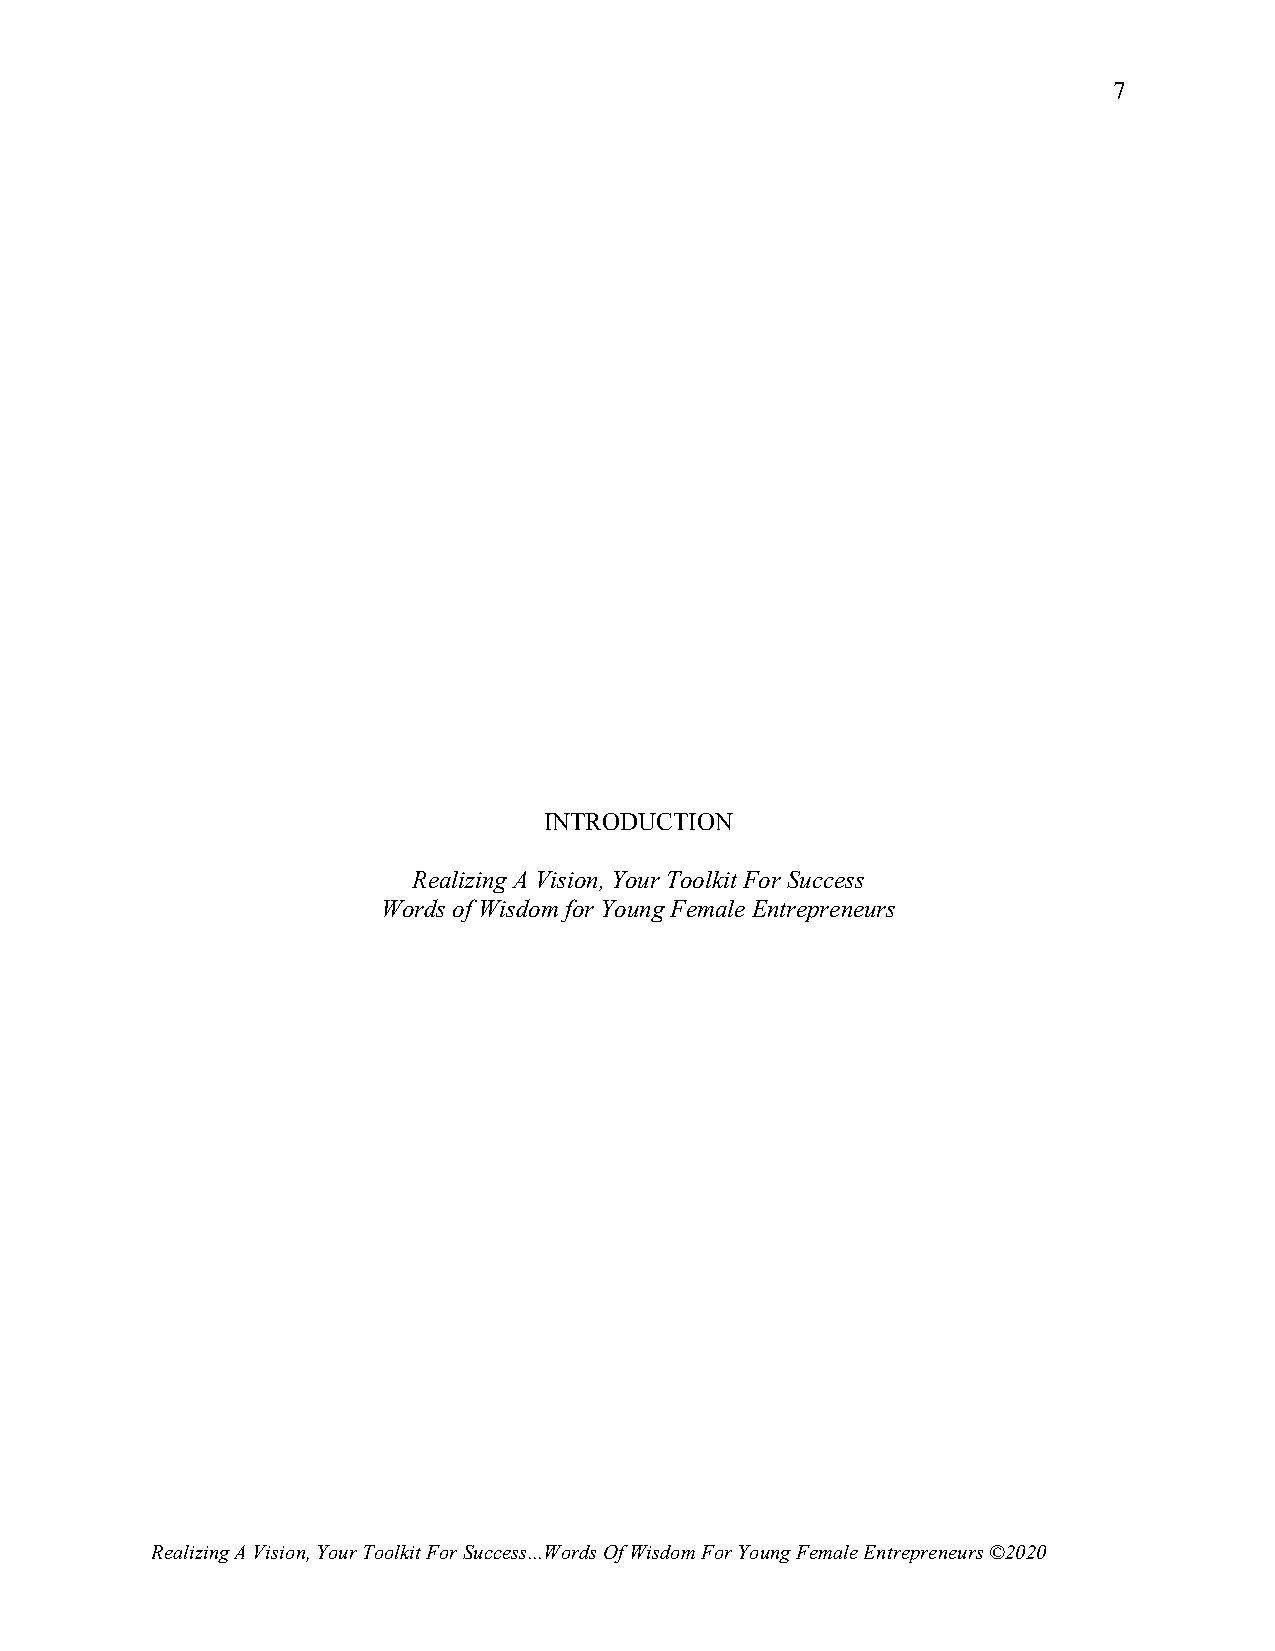
7
 INTRODUCTION
 Realizing A Vision, Your Toolkit For Success
 Words of Wisdom for Young Female Entrepreneurs
 Realizing A Vision, Your Toolkit For Success...Words Of Wisdom For Young Female Entrepreneurs ©2020